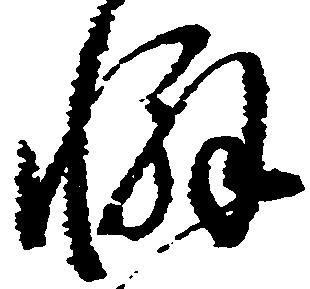
懈